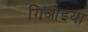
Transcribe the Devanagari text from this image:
गिओइया